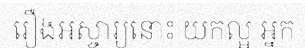
រឿងអស្ចារ្យនោះ យកល្អ អ្នក